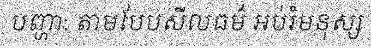
បញ្ហា: តាមបែបសីលធម៌ អប់រំមនុស្ស